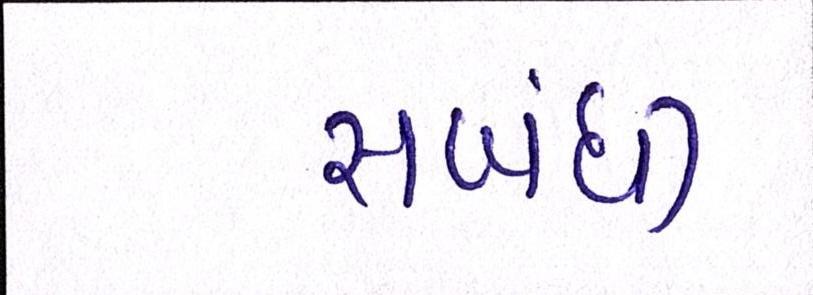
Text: સબંધી